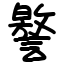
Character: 譥